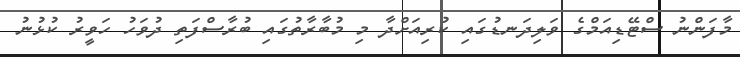
މާފަންނު ސްޓޭޑިއަމްގެ ވަލިދަނޑުގައި ކުރިއަށްދާ މި މުބާރާތުގައި ބުރާސްފަތި ދުވަހު ހަވީރު ކުޅުނު